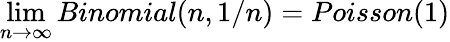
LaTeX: \operatorname*{lim}_{n\to\infty}Binomial(n,1/n)=Poisson(1)